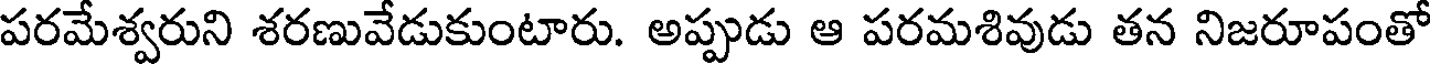
పరమేశ్వరుని శరణువేడుకుంటారు. అప్పుడు ఆ పరమశివుడు తన నిజరూపంతో